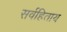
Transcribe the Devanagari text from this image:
सर्वहिताय